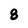
Character: 8